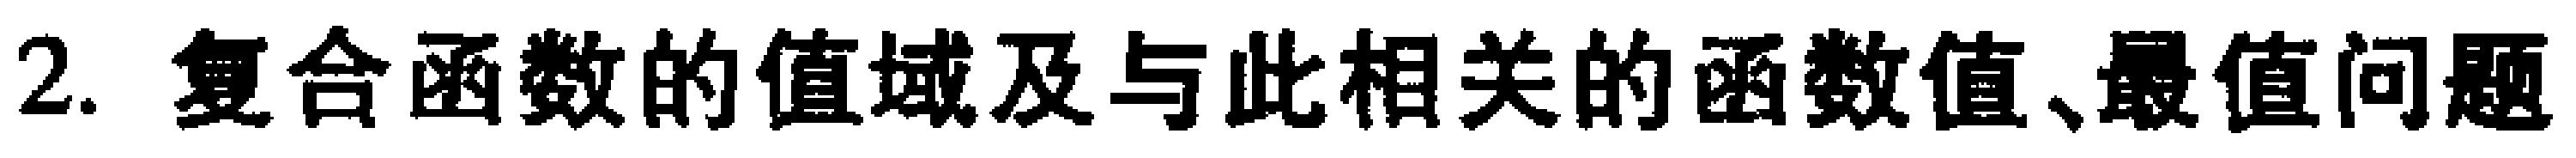
2. 复合函数的值域及与此相关的函数值、最值问题